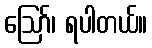
ဪ၊ ရပါတယ်။